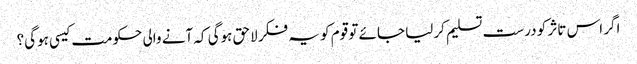
اگر اس تاثر کو درست تسلیم کرلیا جائے تو قوم کو یہ فکر لاحق ہوگی کہ آنے والی حکومت کیسی ہوگی؟